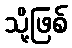
သို့ဖြစ်